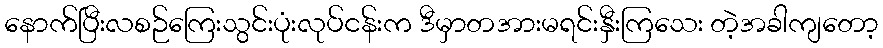
နောက်ပြီးလစဉ်ကြေးသွင်းပုံးလုပ်ငန်းက ဒီမှာတအားမရင်းနှီးကြသေး တဲ့အခါကျတော့